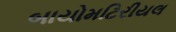
બાયોમટિરીયલ